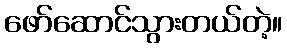
ဖော်ဆောင်သွားတယ်တဲ့။